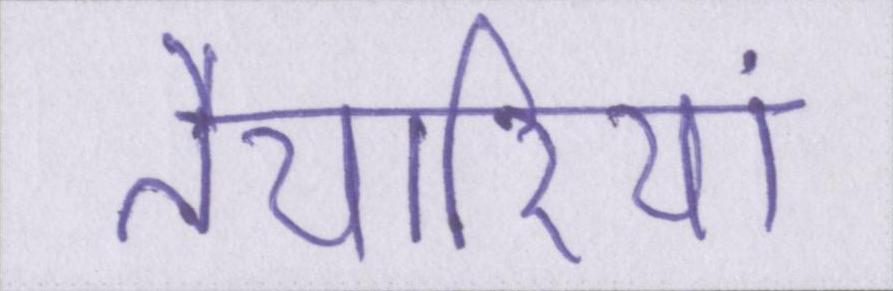
तैयारियां